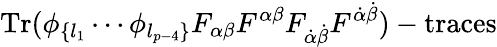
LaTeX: \mathrm{Tr}(\phi_{\{ l_{1}}\cdots\phi_{l_{p-4}\} }F_{\alpha\beta}F^{\alpha\beta}F_{\dot{\alpha}\dot{\beta}}F^{\dot{\alpha}\dot{\beta}})-\mathrm{traces}